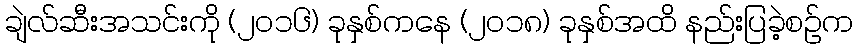
ချဲလ်ဆီးအသင်းကို (၂၀၁၆) ခုနှစ်ကနေ (၂၀၁၈) ခုနှစ်အထိ နည်းပြခဲ့စဉ်က